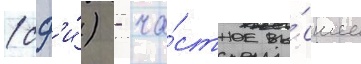
(сф'и́) - ча́стное вы́сшее